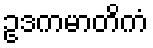
ဥဒကမာတိကံ